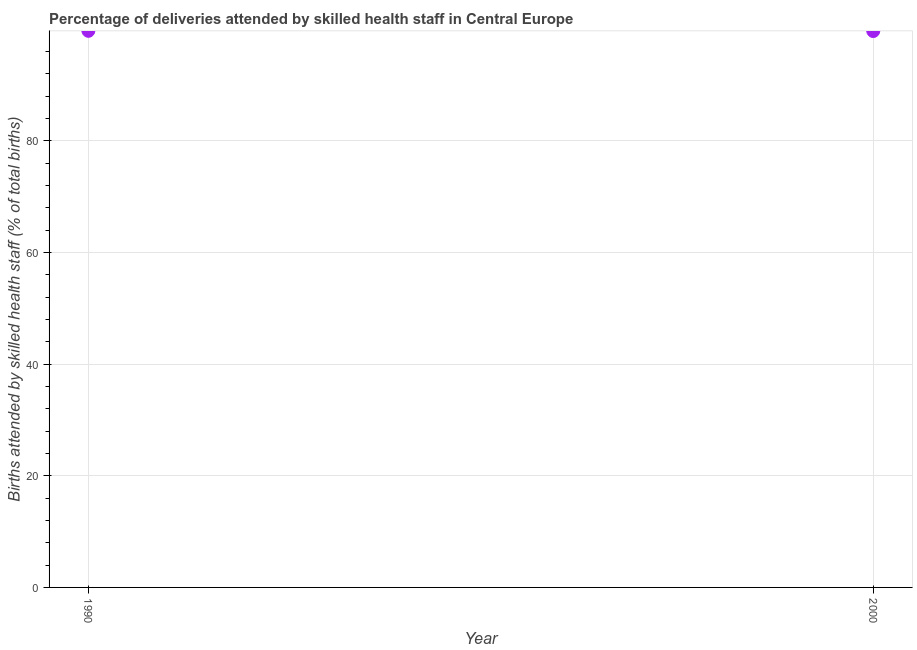
| Year | Births attended by skilled health staff |
 | --- | --- |
 | 1990 | 99.7 |
 | 2000 | 99.6 |